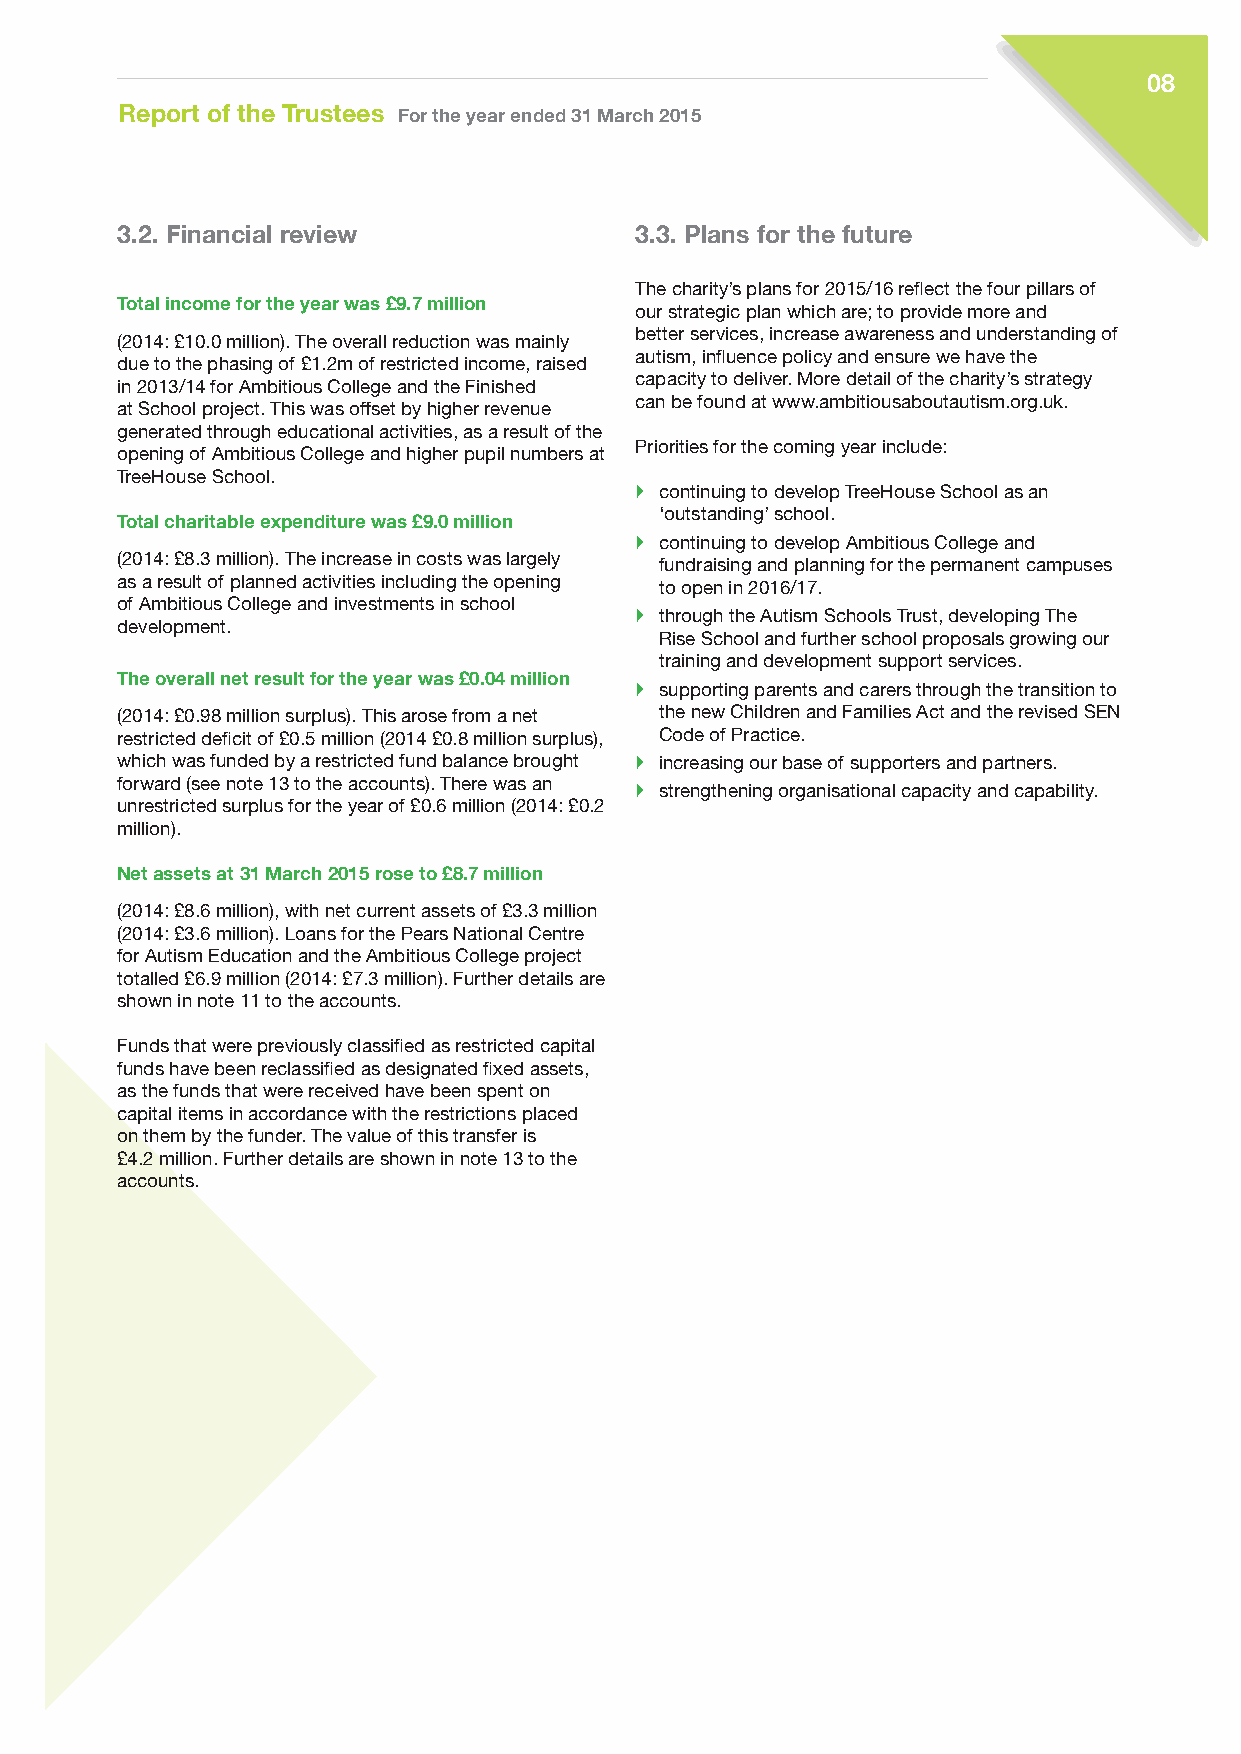
08
 Report of the Trustees For the year ended 31 March 2015
 3.2. Financial review             3.3. Plans for the future
 The charity’s plans for 2015/16 reflect the four pillars of
 Total income for the year was £9.7 million
 our strategic plan which are; to provide more and
 better services, increase awareness and understanding of
 (2014: £10.0 million). The overall reduction was mainly
 autism, influence policy and ensure we have the
 due to the phasing of £1.2m of restricted income, raised
 capacity to deliver. More detail of the charity’s strategy
 in 2013/14 for Ambitious College and the Finished
 can be found at www.ambitiousaboutautism.org.uk.
 at School project. This was offset by higher revenue
 generated through educational activities, as a result of the
 Priorities for the coming year include:
 opening of Ambitious College and higher pupil numbers at
 TreeHouse School.
  continuing to develop TreeHouse School as an
 ‘outstanding’ school.
 Total charitable expenditure was £9.0 million
  continuing to develop Ambitious College and
 (2014: £8.3 million). The increase in costs was largely fundraising and planning for the permanent campuses
 as a result of planned activities including the opening to open in 2016/17.
 of Ambitious College and investments in school
  through the Autism Schools Trust, developing The
 development.
 Rise School and further school proposals growing our
 training and development support services.
 The overall net result for the year was £0.04 million  supporting parents and carers through the transition to
 (2014: £0.98 million surplus). This arose from a net the new Children and Families Act and the revised SEN
 restricted deficit of £0.5 million (2014 £0.8 million surplus), Code of Practice.
 which was funded by a restricted fund balance brought  increasing our base of supporters and partners.
 forward (see note 13 to the accounts). There was an  strengthening organisational capacity and capability.
 unrestricted surplus for the year of £0.6 million (2014: £0.2
 million).
 Net assets at 31 March 2015 rose to £8.7 million
 (2014: £8.6 million), with net current assets of £3.3 million
 (2014: £3.6 million). Loans for the Pears National Centre
 for Autism Education and the Ambitious College project
 totalled £6.9 million (2014: £7.3 million). Further details are
 shown in note 11 to the accounts.
 Funds that were previously classified as restricted capital
 funds have been reclassified as designated fixed assets,
 as the funds that were received have been spent on
 capital items in accordance with the restrictions placed
 on them by the funder. The value of this transfer is
 £4.2 million. Further details are shown in note 13 to the
 accounts.